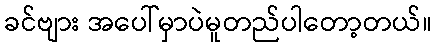
ခင်ဗျား အပေါ်မှာပဲမူတည်ပါတော့တယ်။